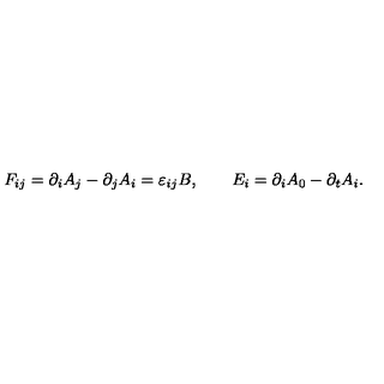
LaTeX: F _ { i j } = \partial _ { i } A _ { j } - \partial _ { j } A _ { i } = \varepsilon _ { i j } B , \qquad E _ { i } = \partial _ { i } A _ { 0 } - \partial _ { t } A _ { i } .